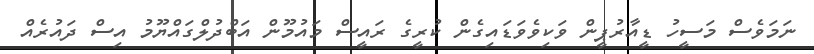
ނަމަވެސް މަސީހު ޑީއާރުޕީން ވަކިވެވަޑައިގެން ކުރީގެ ރައީސް މައުމޫން އަބްދުލްގައްޔޫމު އިސް ދައުރެއް